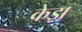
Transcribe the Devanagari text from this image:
केझ